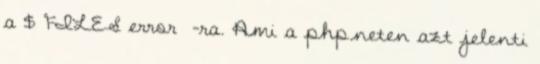
a $ FILES error -ra. Ami a php.neten azt jelenti